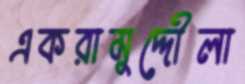
একরামুদ্দৌলা